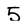
Character: 5